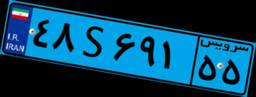
۳۵S۵۶۶۰۸